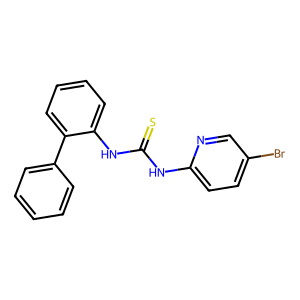
SMILES: S=C(Nc1ccc(Br)cn1)Nc1ccccc1-c1ccccc1
Inhibits HIV replication: No